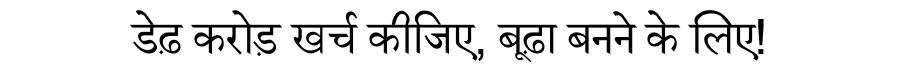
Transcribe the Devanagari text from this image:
डेढ़ करोड़ खर्च कीजिए, बूढ़ा बनने के लिए!